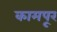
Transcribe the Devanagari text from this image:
कामपूर